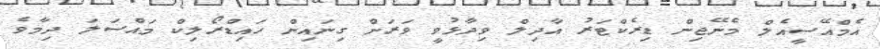
އެމްއޭސީއެލް މެނޭޖިން ޑިރެކްޓަރު އާދިލް ވިދާޅުވީ ވަރަށް ގިނައިން ހައިޑްރޯލިކް މައްސަލަ ދިމާވެ